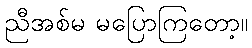
ညီအစ်မ မပြောကြတော့။